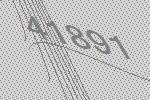
41891